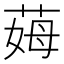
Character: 𦲝